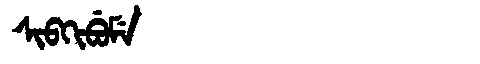
Manchu: ᠰᡳᠪᡴᡳᠪᡠᠮᡝ
Romanization: SIBKIBUME